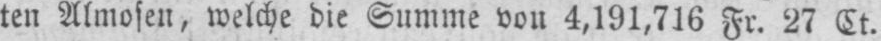
ten Almosen, welche die Summe von 4,191,716 Fr. 27 Ct.